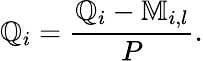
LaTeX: \mathbb{Q}_{i}=\frac{{\mathbb{{\mathbb{Q}}}_{i}-\mathbb{{M}}_{i,l}}}{{P}}.